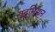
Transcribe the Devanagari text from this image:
युद्धभियान